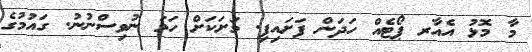
މާ މޮޅު އެއާރ ޕޯޓެއް ހަދަން ފަށައިފި. މަށަކަށް ހަމަ ނުވިސްނުނު. ގައުމުގެ